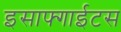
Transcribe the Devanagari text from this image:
इसाफ्गाईटस